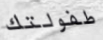
طفولتك